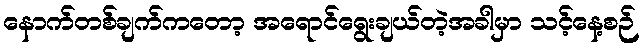
နောက်တစ်ချက်ကတော့ အရောင်ရွေးချယ်တဲ့အခါမှာ သင့်နေ့စဉ်